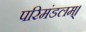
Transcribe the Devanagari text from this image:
परिमंडलम्।